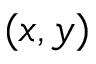
( x , y )